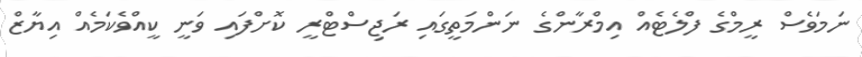
ނަމަވެސް ރީމްގެ ފްލެޓެއް އިމްރާންގެ ނަންމަތީގައި ރަޖިސްޓްރީ ކޮށްފައި ވަނީ ކީއްވެކަމެއް އިޔާޒް